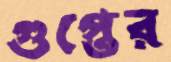
গুপ্তের